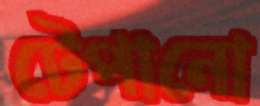
টেপানো